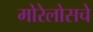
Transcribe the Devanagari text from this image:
मोरेलोसचे